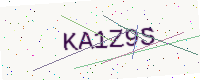
Text: KA1Z9S